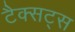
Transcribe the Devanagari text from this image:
टैक्सट्स